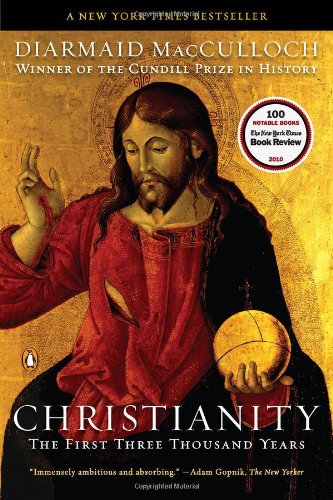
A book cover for Christianity: The First Three Thousand Years; Diarmaid MacCulloch; History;